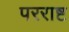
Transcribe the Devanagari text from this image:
परराष्ट